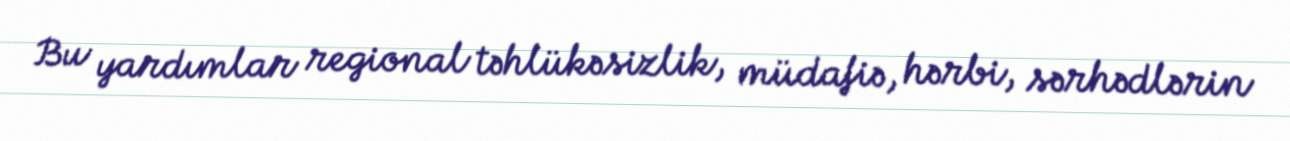
Bu yardımlar regional təhlükəsizlik, müdafiə, hərbi, sərhədlərin